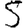
Digit: 5